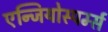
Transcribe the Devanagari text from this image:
एन्जियोस्पर्म्स